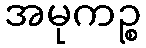
အမုကဉ္စ